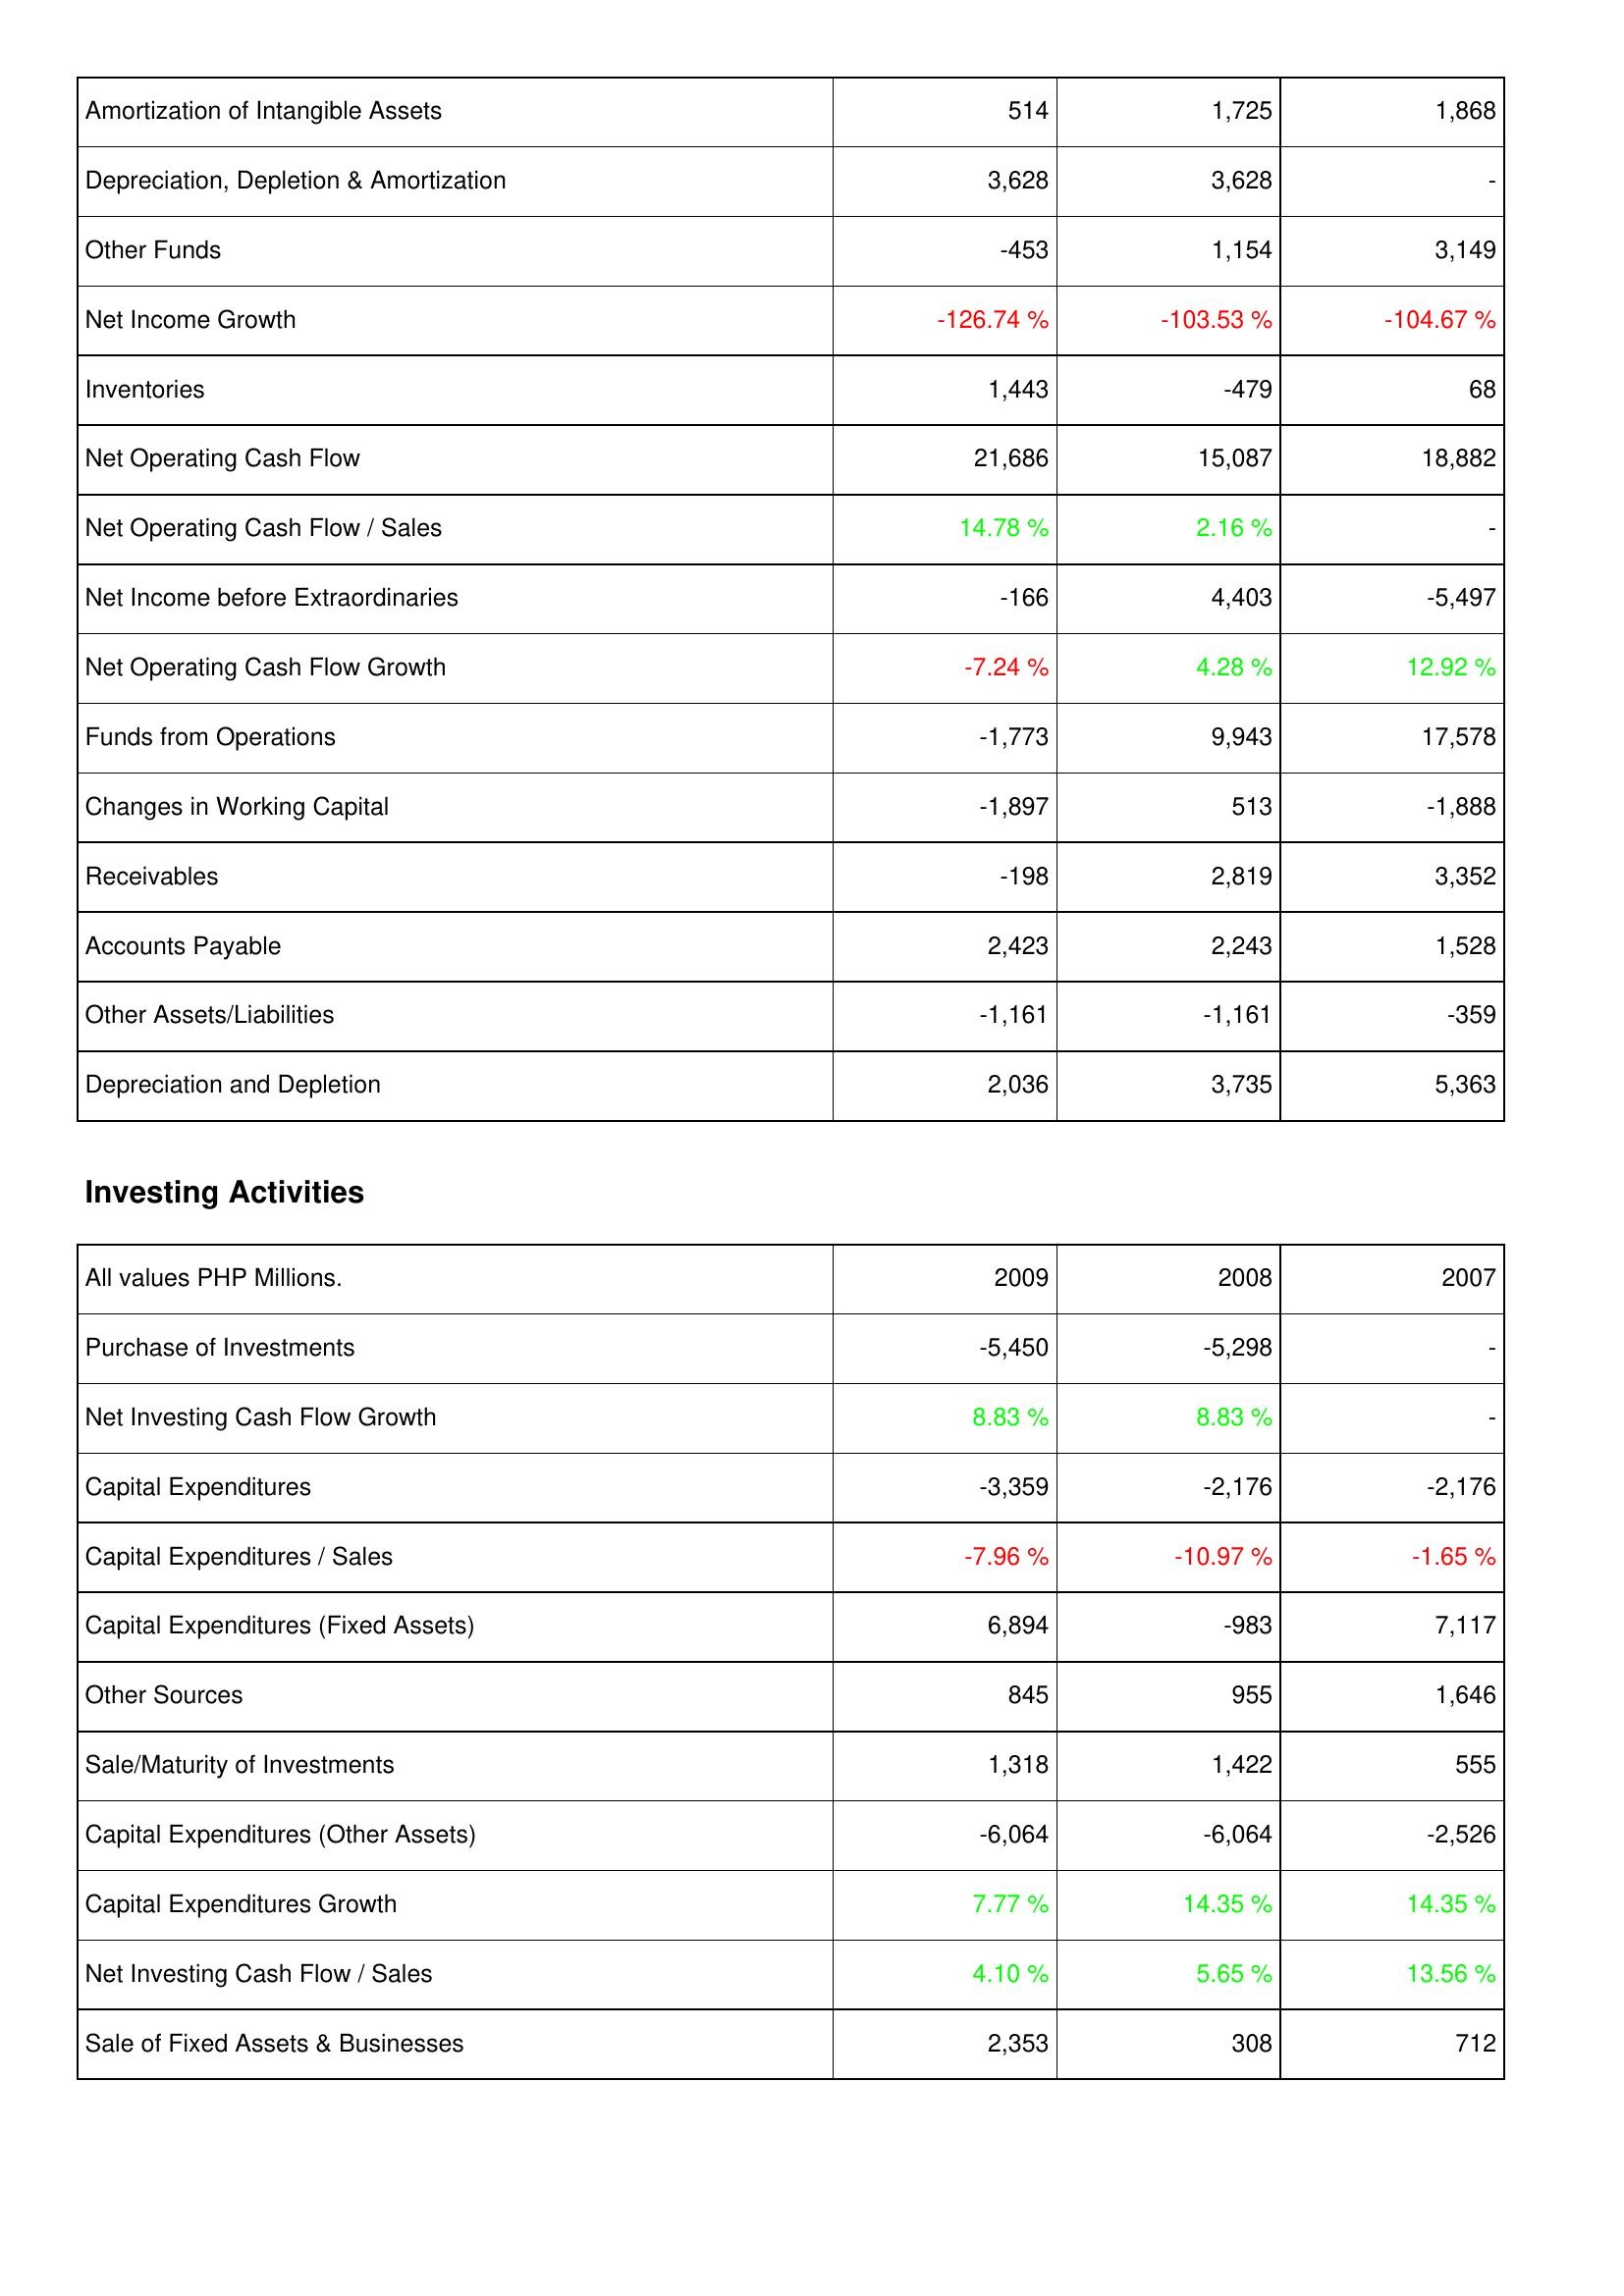
2009: Operating Activities: Amortization of Intangible Assets: 514
Depreciation, Depletion & Amortization: 3,628
Other Funds: -453
Net Income Growth: -126.74 %
Inventories: 1,443
Net Operating Cash Flow: 21,686
Net Operating Cash Flow / Sales: 14.78 %
Net Income before Extraordinaries: -166
Net Operating Cash Flow Growth: -7.24 %
Funds from Operations: -1,773
Changes in Working Capital: -1,897
Receivables: -198
Accounts Payable: 2,423
Other Assets/Liabilities: -1,161
Depreciation and Depletion: 2,036
Investing Activities: Purchase of Investments: -5,450
Net Investing Cash Flow Growth: 8.83 %
Capital Expenditures: -3,359
Capital Expenditures / Sales: -7.96 %
Capital Expenditures (Fixed Assets): 6,894
Other Sources: 845
Sale/Maturity of Investments: 1,318
Capital Expenditures (Other Assets): -6,064
Capital Expenditures Growth: 7.77 %
Net Investing Cash Flow / Sales: 4.10 %
Sale of Fixed Assets & Businesses: 2,353
2008: Operating Activities: Amortization of Intangible Assets: 1,725
Depreciation, Depletion & Amortization: 3,628
Other Funds: 1,154
Net Income Growth: -103.53 %
Inventories: -479
Net Operating Cash Flow: 15,087
Net Operating Cash Flow / Sales: 2.16 %
Net Income before Extraordinaries: 4,403
Net Operating Cash Flow Growth: 4.28 %
Funds from Operations: 9,943
Changes in Working Capital: 513
Receivables: 2,819
Accounts Payable: 2,243
Other Assets/Liabilities: -1,161
Depreciation and Depletion: 3,735
Investing Activities: Purchase of Investments: -5,298
Net Investing Cash Flow Growth: 8.83 %
Capital Expenditures: -2,176
Capital Expenditures / Sales: -10.97 %
Capital Expenditures (Fixed Assets): -983
Other Sources: 955
Sale/Maturity of Investments: 1,422
Capital Expenditures (Other Assets): -6,064
Capital Expenditures Growth: 14.35 %
Net Investing Cash Flow / Sales: 5.65 %
Sale of Fixed Assets & Businesses: 308
2007: Operating Activities: Amortization of Intangible Assets: 1,868
Depreciation, Depletion & Amortization: -
Other Funds: 3,149
Net Income Growth: -104.67 %
Inventories: 68
Net Operating Cash Flow: 18,882
Net Operating Cash Flow / Sales: -
Net Income before Extraordinaries: -5,497
Net Operating Cash Flow Growth: 12.92 %
Funds from Operations: 17,578
Changes in Working Capital: -1,888
Receivables: 3,352
Accounts Payable: 1,528
Other Assets/Liabilities: -359
Depreciation and Depletion: 5,363
Investing Activities: Purchase of Investments: -
Net Investing Cash Flow Growth: -
Capital Expenditures: -2,176
Capital Expenditures / Sales: -1.65 %
Capital Expenditures (Fixed Assets): 7,117
Other Sources: 1,646
Sale/Maturity of Investments: 555
Capital Expenditures (Other Assets): -2,526
Capital Expenditures Growth: 14.35 %
Net Investing Cash Flow / Sales: 13.56 %
Sale of Fixed Assets & Businesses: 712